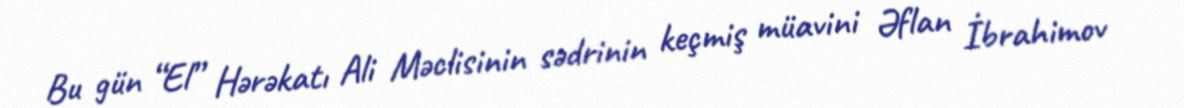
Bu gün “El” Hərəkatı Ali Məclisinin sədrinin keçmiş müavini Əflan İbrahimov